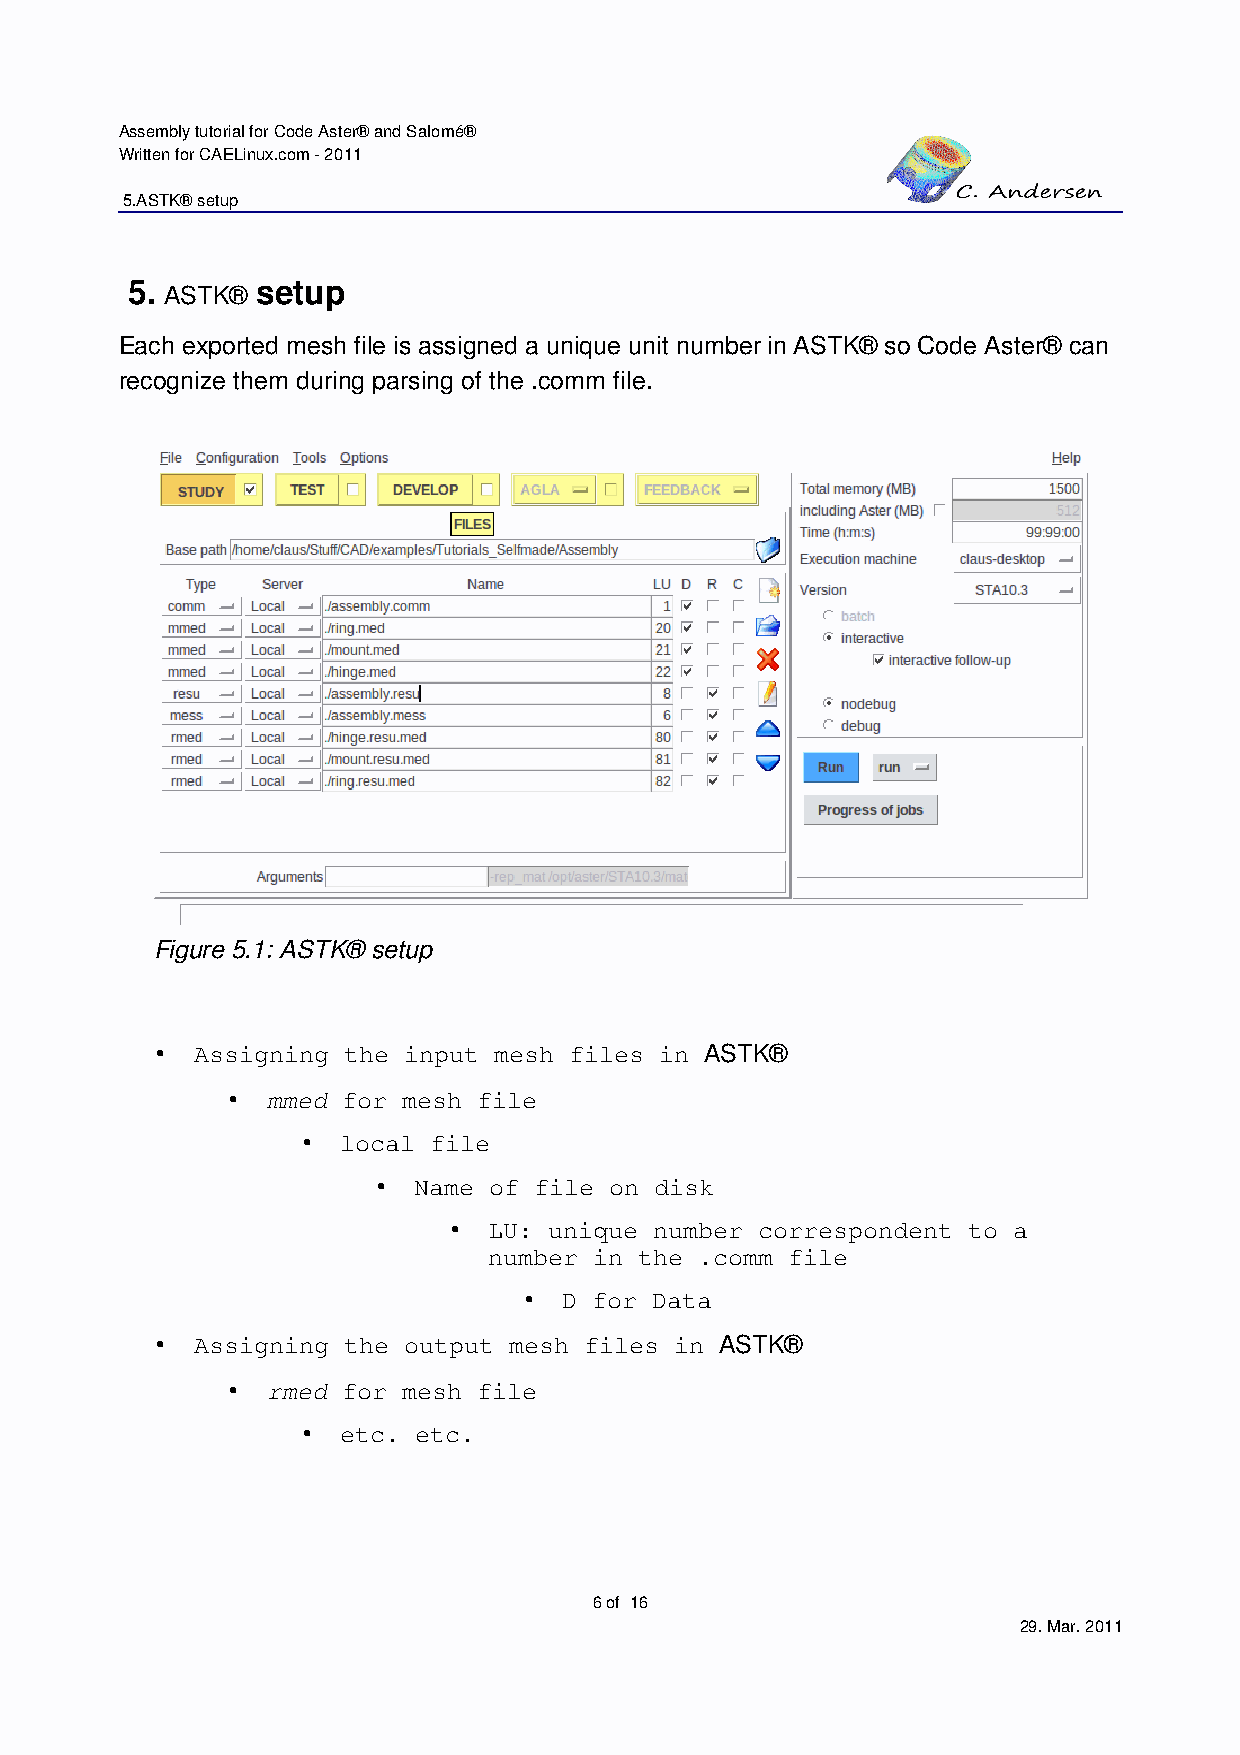
Assembly tutorial for Code Aster® and Salomé®
 Written for CAELinux.com - 2011
 5.ASTK® setup
 5.       setup
 ASTK®
 Each exported mesh file is assigned a unique unit number in ASTK® so Code Aster® can
 recognize them during parsing of the .comm file.
 Figure 5.1: ASTK® setup
 •  Assigning the input mesh files in ASTK®
 •  mmed for mesh file
 •  local file
 • Name of file on disk
 • LU: unique number correspondent to a
 number in the .comm file
 • D for Data
 •  Assigning the output mesh files in ASTK®
 •  rmed for mesh file
 •  etc. etc.
 6 of 16
 29. Mar. 2011